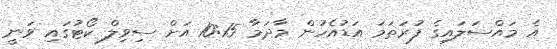
އެ މައްސަލައިގެ ފުރަތަމަ އަޑުއެހުން މާދަމާ 10:15 އަށް ސިވިލް ކޯޓުގައި ވަނީ